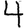
Digit: 4